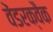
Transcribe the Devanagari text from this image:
वेंडरक्वैक